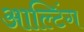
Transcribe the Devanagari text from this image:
आल्टिंग